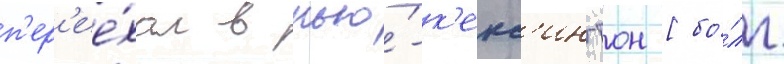
п'ер'ее́хал в нью́-к'енс'ингтон [бо́лг.